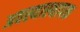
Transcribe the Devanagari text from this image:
अवस्थास्थापक